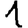
Digit: 1